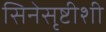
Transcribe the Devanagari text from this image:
सिनेसृष्टीशी